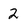
Character: 2